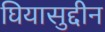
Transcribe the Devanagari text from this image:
घियासुद्दीन